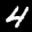
Label: 4